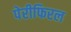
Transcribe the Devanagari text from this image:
पेरीफिरल